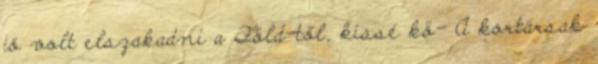
jó volt elszakadni a Föld-től, kissé kö- A kortársak